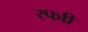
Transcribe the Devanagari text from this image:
रफाी